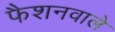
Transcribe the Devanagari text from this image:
फैशनवाले